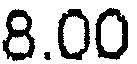
8.00